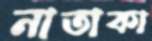
নাতাকা